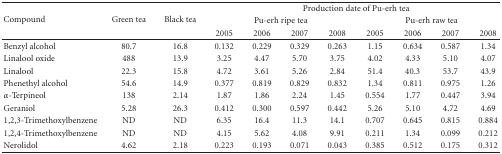
| <ROWSPAN=3> Compound | <ROWSPAN=3> Green tea | <ROWSPAN=3> Black tea | <COLSPAN=8> Production date of Pu-erh tea |
 | <COLSPAN=4> Pu-erh ripe tea | <COLSPAN=4> Pu-erh raw tea |
 | 2005 | 2006 | 2007 | 2008 | 2005 | 2006 | 2007 | 2008 |
 | --- | --- | --- | --- | --- | --- | --- | --- | --- | --- | --- |
 | Benzyl alcohol | 80.7 | 16.8 | 0.132 | 0.229 | 0.329 | 0.263 | 1.15 | 0.634 | 0.587 | 1.34 |
 | Linalool oxide | 488 | 13.9 | 3.25 | 4.47 | 5.70 | 3.75 | 4.02 | 4.33 | 5.10 | 4.07 |
 | Linalool | 22.3 | 15.8 | 4.72 | 3.61 | 5.26 | 2.84 | 51.4 | 40.3 | 53.7 | 43.9 |
 | Phenethyl alcohol | 54.6 | 14.9 | 0.377 | 0.819 | 0.829 | 0.832 | 1.34 | 0.811 | 0.975 | 1.26 |
 | α-Terpineol | 138 | 2.14 | 1.87 | 1.86 | 2.24 | 1.45 | 0.554 | 1.77 | 0.447 | 3.94 |
 | Geraniol | 5.28 | 26.3 | 0.412 | 0.300 | 0.597 | 0.442 | 5.26 | 5.10 | 4.72 | 4.69 |
 | 1,2,3-Trimethoxylbenzene | ND | ND | 6.35 | 16.4 | 11.3 | 14.1 | 0.707 | 0.645 | 0.815 | 0.884 |
 | 1,2,4-Trimethoxylbenzene | ND | ND | 4.15 | 5.62 | 4.08 | 9.91 | 0.211 | 1.34 | 0.099 | 0.212 |
 | Nerolidol | 4.62 | 2.18 | 0.223 | 0.193 | 0.071 | 0.043 | 0.385 | 0.512 | 0.175 | 0.312 |